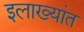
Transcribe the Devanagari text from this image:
इलाख्यांत